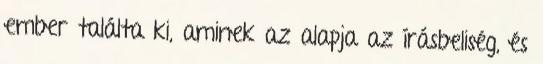
ember találta ki, aminek az alapja az írásbeliség, és